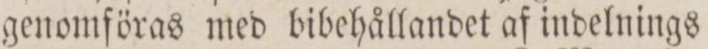
genomföras med bibehållandet af indelnings